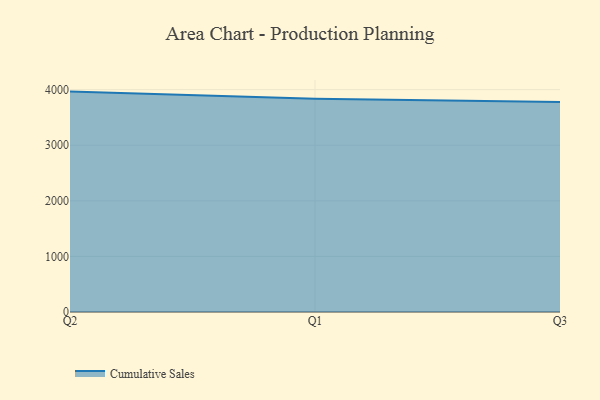
{"axis": {"x": "Quarter", "y": "Gross Profit (USD K)"}, "legend": ["Cumulative Sales"], "data": [{"x": "Q2", "y": 3964.9, "type": "Cumulative Sales"}, {"x": "Q1", "y": 3837.2, "type": "Cumulative Sales"}, {"x": "Q3", "y": 3779.5, "type": "Cumulative Sales"}]}